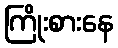
ကြိုးစားနေ